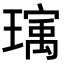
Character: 𬎒